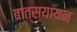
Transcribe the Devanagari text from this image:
बात्स्यायन